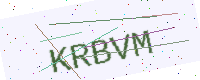
Text: KRBVM